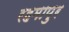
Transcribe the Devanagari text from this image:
रहमापुर